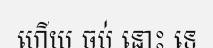
ហើយ ចប់ នោះ ទេ